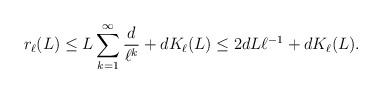
\begin{align*}r_\ell(L)\le L\sum\limits_{k=1}^{\infty}\frac{d}{\ell^k}+dK_\ell(L) \le 2dL\ell^{-1}+dK_\ell(L).\end{align*}